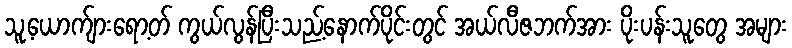
သူ့ယောက်ျားရော့တ် ကွယ်လွန်ပြီးသည့်နောက်ပိုင်းတွင် အယ်လီဇဘက်အား ပိုးပန်းသူတွေ အများ